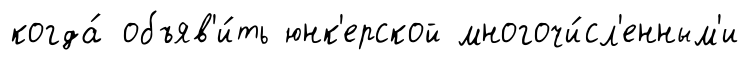
когда́ объяв'и́ть юнк'ерской многочи́сл'енным'и